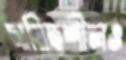
দায়িত্বশীলও